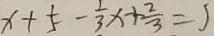
x + \frac { 1 } { 5 } - \frac { 1 } { 3 } x + \frac { 2 } { 3 } = 5